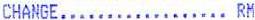
CHANGE.................. RM